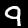
Label: 9